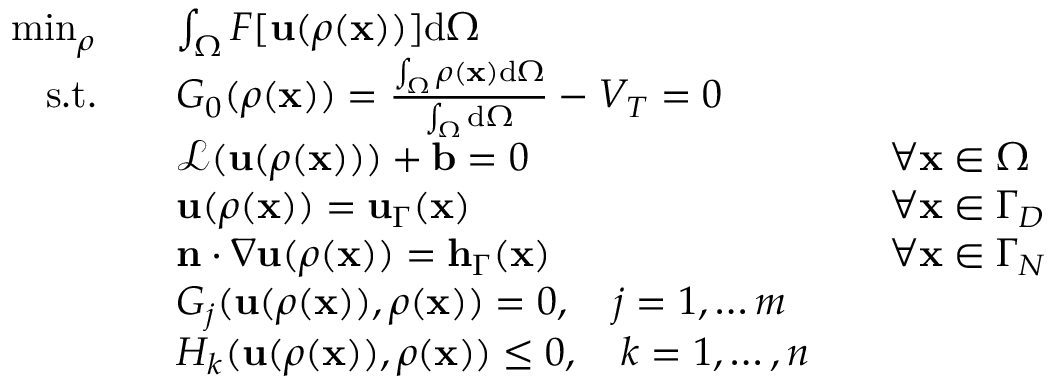
\begin{array} { r l r l } { \operatorname* { m i n } _ { \rho } } & { \quad \int _ { \Omega } F [ \mathbf { u } ( \rho ( \mathbf { x } ) ) ] \mathrm { d } \Omega } \\ { \mathrm { s . t . } } & { \quad G _ { 0 } ( \rho ( \mathbf { x } ) ) = \frac { \int _ { \Omega } \rho ( \mathbf { x } ) \mathrm { d } \Omega } { \int _ { \Omega } \mathrm { d } \Omega } - V _ { T } = 0 } \\ & { \quad \mathcal { L } ( \mathbf { u } ( \rho ( \mathbf { x } ) ) ) + \mathbf { b } = 0 } & & { \forall \mathbf { x } \in \Omega } \\ & { \quad \mathbf { u } ( \rho ( \mathbf { x } ) ) = \mathbf { u } _ { \Gamma } ( \mathbf { x } ) } & & { \forall \mathbf { x } \in \Gamma _ { D } } \\ & { \quad \mathbf { n } \cdot \nabla \mathbf { u } ( \rho ( \mathbf { x } ) ) = \mathbf { h } _ { \Gamma } ( \mathbf { x } ) } & & { \forall \mathbf { x } \in \Gamma _ { N } } \\ & { \quad G _ { j } ( \mathbf { u } ( \rho ( \mathbf { x } ) ) , \rho ( \mathbf { x } ) ) = 0 , \quad j = 1 , \dots m } \\ & { \quad H _ { k } ( \mathbf { u } ( \rho ( \mathbf { x } ) ) , \rho ( \mathbf { x } ) ) \leq 0 , \quad k = 1 , \dots , n } \end{array}